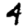
Digit: 4